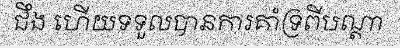
ជឹង ហើយទទួលបានការគាំទ្រពីបណ្តា